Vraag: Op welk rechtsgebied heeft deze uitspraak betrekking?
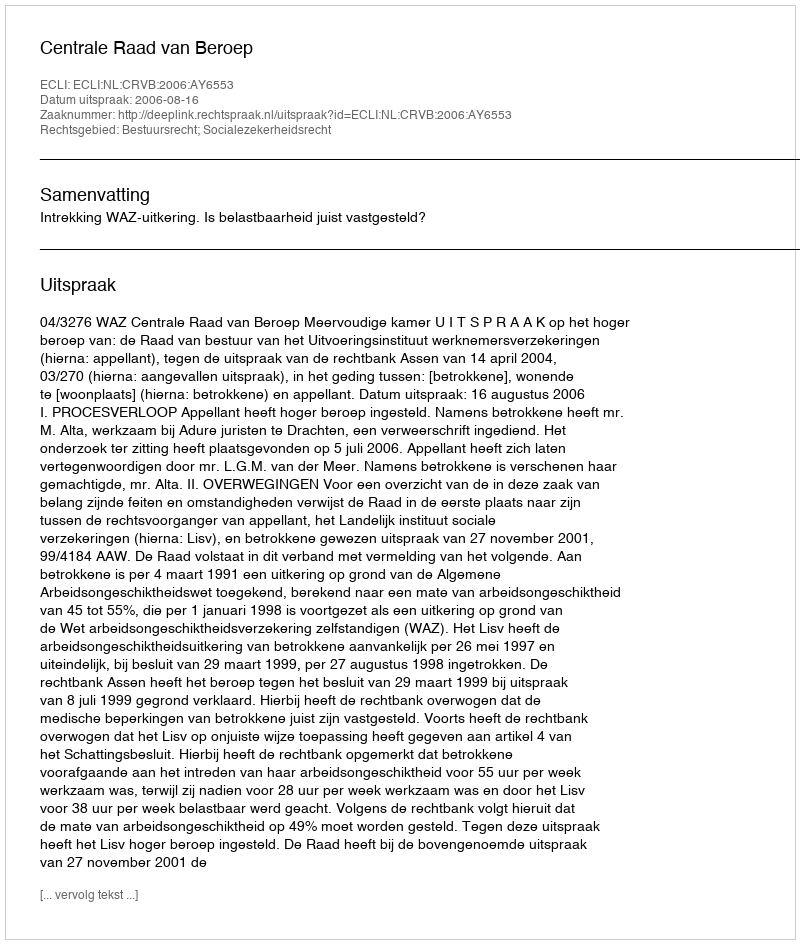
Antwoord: Bestuursrecht; Socialezekerheidsrecht